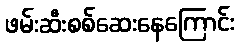
ဖမ်းဆီးစစ်ဆေးနေကြောင်း